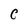
Character: C